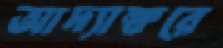
আদ্যাক্ষরে